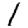
Digit: 1